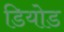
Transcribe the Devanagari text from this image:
डियोड